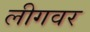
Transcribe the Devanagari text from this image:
लीगवर